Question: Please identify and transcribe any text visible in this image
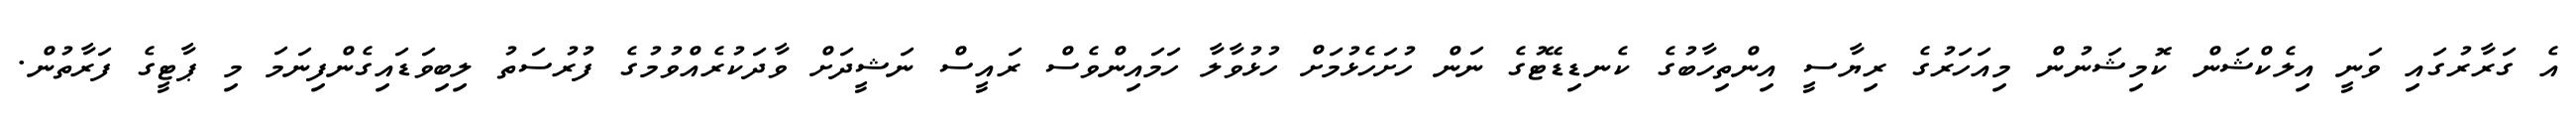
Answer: އެ ގަރާރުގައި ވަނީ އިލެކްޝަން ކޮމިޝަނުން މިއަހަރުގެ ރިޔާސީ އިންތިހާބުގެ ކެނޑިޑޭޓުގެ ނަން ހުށަހެޅުމަށް ހުޅުވާލާ ހަމައިންވެސް ރައީސް ނަޝީދަށް ވާދަކުރެއްވުމުގެ ފުރުސަތު ލިބިވަޑައިގެންފިނަމަ މި ޕާޓީގެ ފަރާތުން.